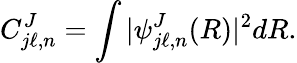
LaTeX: C_{j\ell,n}^{J}=\int|\psi_{j\ell,n}^{J}(R)|^{2}dR.